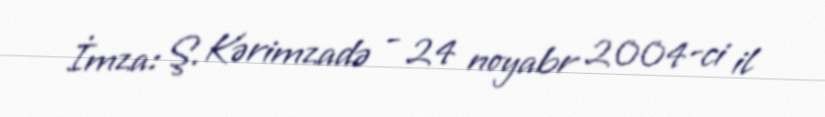
İmza: Ş. Kərimzadə - 24 noyabr 2004-ci il